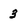
Character: 3